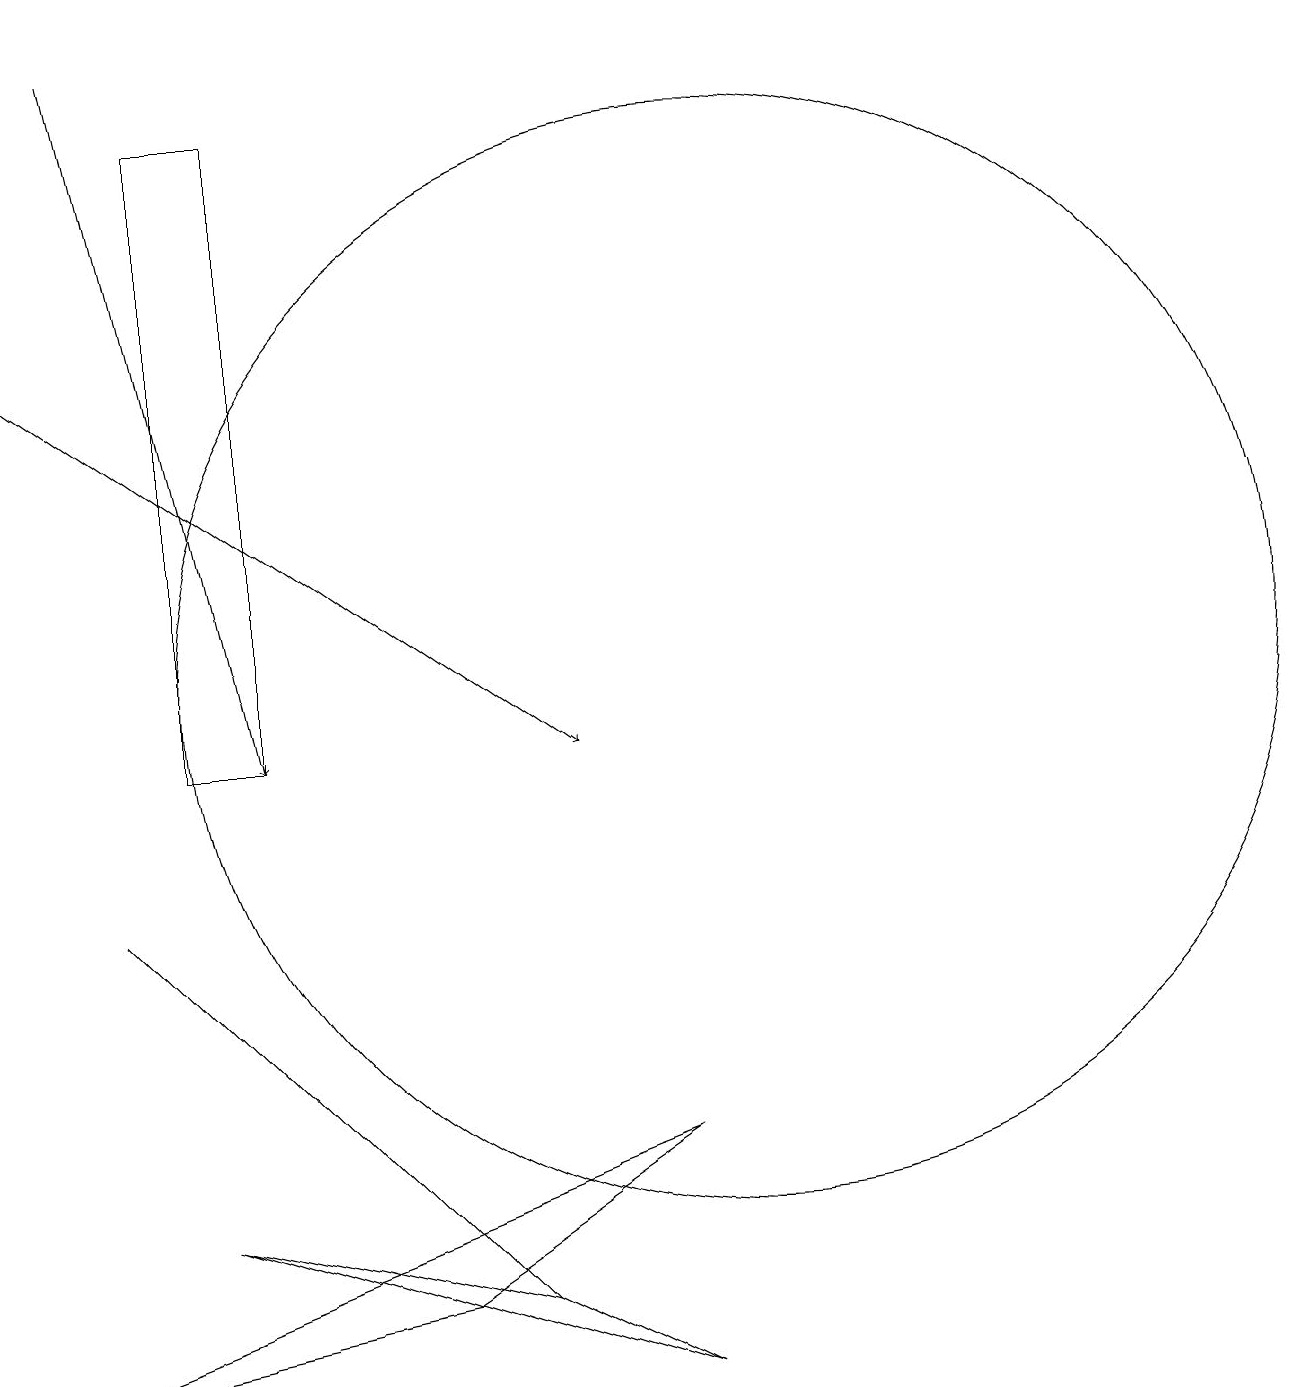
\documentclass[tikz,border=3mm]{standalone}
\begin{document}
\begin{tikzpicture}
\draw (5,5) -- (2,8) -- (7,3) -- cycle;
\draw[->] (1,15) -- (8,10);
\draw (3,4) -- (9,2) -- (7,3) -- cycle;
\draw (10,11) circle (7);
\draw[->] (2,19) -- (4,10);
\draw (6,3) -- (9,5) -- (1,2) -- cycle;
\draw (4,10) rectangle (3,18);
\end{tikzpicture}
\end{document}